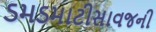
ડમડમાટીસાવજની